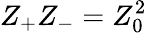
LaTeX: {Z_{\mathrm{{+}}}}{Z_{\mathrm{{-}}}}=Z_{0}^{2}